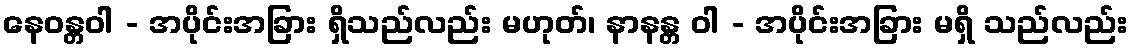
နေဝန္တဝါ - အပိုင်းအခြား ရှိသည်လည်း မဟုတ်၊ နာနန္တ ဝါ - အပိုင်းအခြား မရှိ သည်လည်း